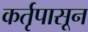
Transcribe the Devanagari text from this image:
कर्तृपासून